Sanitation, dispensaries and jails vaccination Rajputana 1922-1927 - 1922-1927
Year: 1922
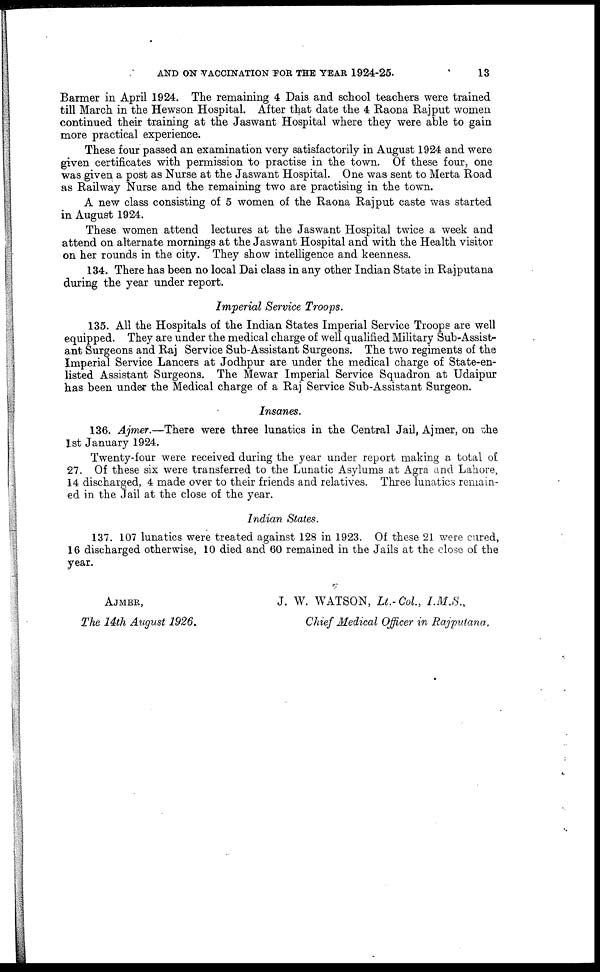
AND ON VACCINATION FOR THE YEAR 1924-25.
13
Barmer in April 1924. The remaining 4 Dais and school teachers were trained
till March in the Hewson Hospital. After that date the 4 Raona Rajput women
continued their training at the Jaswant Hospital where they were able to gain
more practical experience.
These four passed an examination very satisfactorily in August 1924 and were
given certificates with permission to practise in the town. Of these four, one
was given a post as Nurse at the Jaswant Hospital. One was sent to Merta Road
as Railway Nurse and the remaining two are practising in the town.
A new class consisting of 5 women of the Raona Rajput caste was started
in August 1924.
These women attend lectures at the Jaswant Hospital twice a week and
attend on alternate mornings at the Jaswant Hospital and with the Health visitor
on her rounds in the city. They show intelligence and keenness.
134. There has been no local Dai class in any other Indian State in Rajputana
during the year under report.
Imperial Service Troops.
135. All the Hospitals of the Indian States Imperial Service Troops are well
equipped. They are under the medical charge of well qualified Military Sub-Assist-
ant Surgeons and Raj Service Sub-Assistant Surgeons. The two regiments of the
Imperial Service Lancers at Jodhpur are under the medical charge of State-en-
listed Assistant Surgeons. The Mewar Imperial Service Squadron at Udaipur
has been under the Medical charge of a Raj Service Sub-Assistant Surgeon.
Insanes.
136. Ajmer.—There were three lunatics in the Central Jail, Ajmer, on the
1st January 1924.
Twenty-four were received during the year under report making a total of
27. Of these six were transferred to the Lunatic Asylums at Agra and Lahore,
14 discharged, 4 made over to their friends and relatives. Three lunatics remain-
ed in the Jail at the close of the year.
Indian States.
137. 107 lunatics were treated against 128 in 1923. Of these 21 were cured,
16 discharged otherwise, 10 died and 60 remained in the Jails at the close of the
year.
AJMER,
J. W. WATSON, Lt.-Col., I.M.S.,
The 14th August 1926.
Chief Medical Officer in Rajputana.